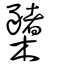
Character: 櫫